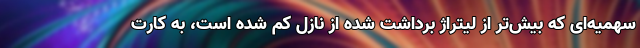
سهمیه‌ای که بیش‌تر از لیتراژ برداشت‌ شده از نازل کم شده است، به کارت